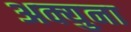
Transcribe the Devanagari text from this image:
अक्युना